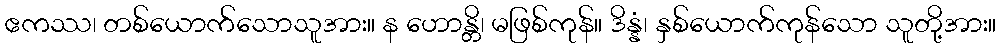
ဧကဿ၊ တစ်ယောက်သောသူအား။ န ဟောန္တိ၊ မဖြစ်ကုန်။ ဒိန္နံ၊ နှစ်ယောက်ကုန်သော သူတို့အား။